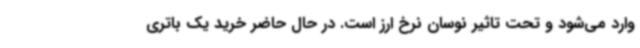
وارد می‌شود و تحت تاثیر نوسان نرخ ارز است. در حال حاضر خرید یک باتری